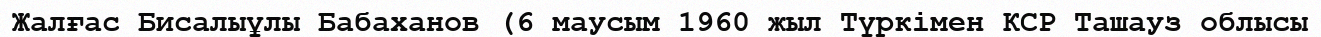
Жалғас Бисалыұлы Бабаханов (6 маусым 1960 жыл Түркімен КСР Ташауз облысы